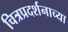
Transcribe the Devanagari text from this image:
चित्रप्रदर्शनाच्या